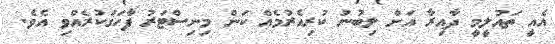
އެއީ ތައުލީމީ ދާއިރާ އަށް ލިބުނު ކުރިއެރުމެއް ކަން މިނިސްޓަރު ފާހަގަކުރެއްވި އެވެ.